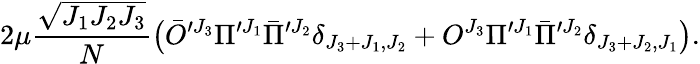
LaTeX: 2\mu{\frac{\sqrt{J_{1}J_{2}J_{3}}}{N}}\big(\bar{O}^{\prime J_{3}}\Pi^{\prime J_{1}}\bar{\Pi}^{\prime J_{2}}\delta_{J_{3}+J_{1},J_{2}}+O^{J_{3}}\Pi^{\prime J_{1}}\bar{\Pi}^{\prime J_{2}}\delta_{J_{3}+J_{2},J_{1}}\big).